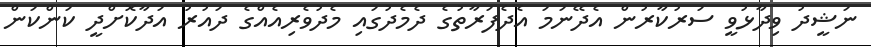
ނަޝީދު ވިދާޅުވީ ސަރުކާރުން އެދޭނަމަ އެދެފަރާތުގެ ދެމެދުގައި މެދުވެރިއެއްގެ ދައުރު އަދާކޮށްދީ ކަންކަން